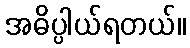
အဓိပ္ပါယ်ရတယ်။